Sketch of the medical history of the native army of Bombay, for the year
Year: 1875
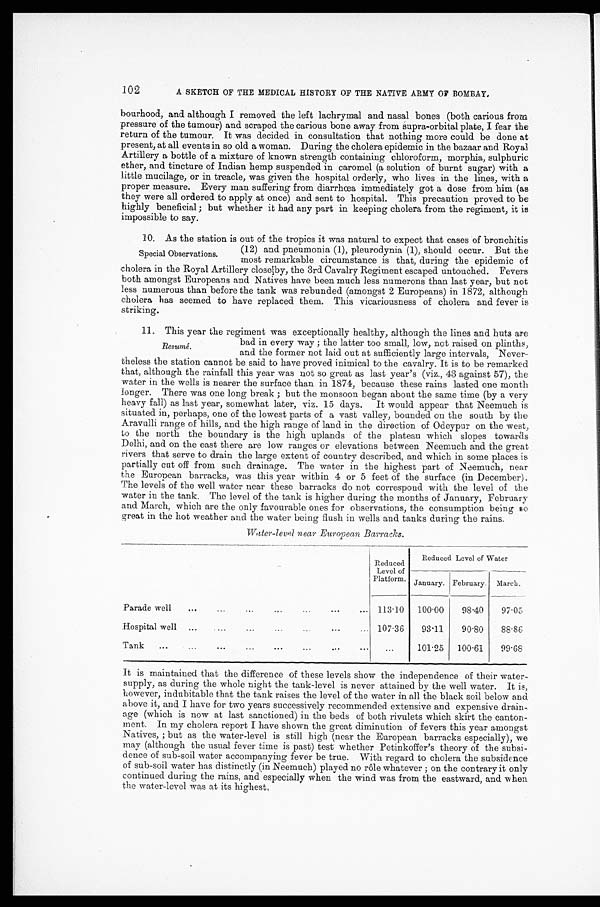
102
A SKETCH OF THE MEDICAL HISTORY OF THE NATIVE ARMY 0F BOMBAY.
bourhood, and although I removed the left lachrymal and nasal bones (both carious from
pressure of the tumour) and scraped the carious bone away from supra-orbital plate, I fear the
return of the tumour. It was decided in consultation that nothing more could be done at
present, at all events in so old a woman. During the cholera epidemic in the bazaar and Royal
Artillery a bottle of a mixture of known strength containing chloroform, morphia, sulphuric
ether, and tincture of Indian hemp suspended in caromel (a solution of burnt sugar) with a
little mucilage, or in treacle, was given the hospital orderly, who lives in the lines, with a
proper measure. Every man suffering from diarrhœa immediately got a dose from him (as
they were all ordered to apply at once) and sent to hospital. This precaution proved to be
highly beneficial; but whether it had any part in keeping cholera from the regiment, it is
impossible to say.
10. As the station is out of the tropics it was natural to expect that cases of bronchitis
(12) and pneumonia (1), pleurodynia (1), should occur. But the
most remarkable circumstance is that, during the epidemic of
cholera in the Royal Artillery close by, the 3rd Cavalry Regiment escaped untouched. Fevers
both amongst Europeans and Natives have been much less numerons than last year, but not
less numerous than before the tank was rebunded (amongst 2 Europeans) in 1872, although
cholera has seemed to have replaced them. This vicariousness of cholera and fever is
striking.
11. This year the regiment was exceptionally healthy, although the lines and huts are
bad in every way; the latter too small, low, not raised on plinths,
and the former not laid out at sufficiently large intervals, Never-
theless the station cannot be said to have proved inimical to the cavalry. It is to be remarked
that, although the rainfall this year was not so great as last year's (viz., 43 against 57), the
water in the wells is nearer the surface than in 1874, because these rains lasted one month
longer. There was one long break; but the monsoon began about the same time (by a very
heavy fall) as last year, somewhat later, viz. 15 days. It would appear that Neemuch is
situated in, perhaps, one of the lowest parts of a vast valley, bounded on the south by the
Aravulli range of hills, and the high range of land in the direction of Odeypur on the west,
to the north the boundary is the high uplands of the plateau which slopes towards
Delhi, and on the east there are low ranges or elevations between Neemuch and the great
rivers that serve to drain the large extent of country described, and which in some places is
partially cut off from such drainage. The water in the highest part of Neemuch, near
the European barracks, was this year within 4 or 5 feet of the surface (in December).
The levels of the well water near these barracks do not correspond with the level of the
water in the tank. The level of the tank is higher during the months of January, February
and March, which are the only favourable ones for observations, the consumption being so
great in the hot weather and the water being flush in wells and tanks during the rains.
Water-level near European Barracks.
R e d u c e d L e v e l o f P l a t f o r m .
Reduced Level of Water
January. February. March.
Parade well
113.10 100.00
98.40
97.05
Hospital well
107.36
93.11
90.80
88.86
Tank
...
101.25
100.61
99.68
It is maintained that the difference of these levels show the independence of their water-
supply, as during the whole night the tank-level is never attained by the well water. It is,
however, indubitable that the tank raises the level of the water in all the black soil below and
above it, and I have for two years successively recommended extensive and expensive drain-
age (which is now at last sanctioned) in the beds of both rivulets which skirt the canton-
ment. In my cholera report I have shown the great diminution of fevers this year amongst
Natives,; but as the water-level is still high (near the European barracks especially), we
may (although the usual fever time is past) test whether Petinkoffer's theory of the subsi-
dence of sub-soil water accompanying fever be true. With regard to cholera the subsidence
of sub-soil water has distinctly (in Neemuch) played no rôle whatever; on the contrary it only
continued during the rains, and especially when the wind was from the eastward, and when
the water-level was at its highest.
Special Observations.
Resumé.